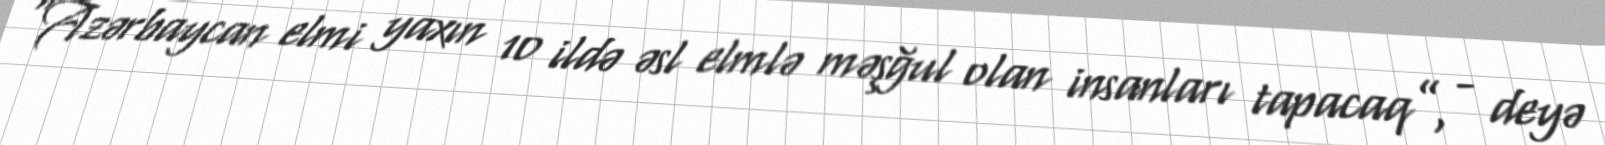
“Azərbaycan elmi yaxın 10 ildə əsl elmlə məşğul olan insanları tapacaq”, - deyə